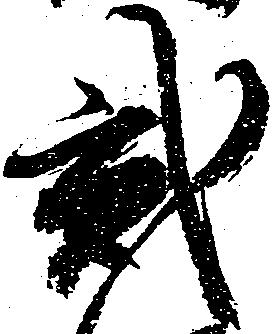
弐